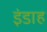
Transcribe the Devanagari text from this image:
इंडाह